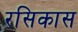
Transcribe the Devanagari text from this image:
रसिकास